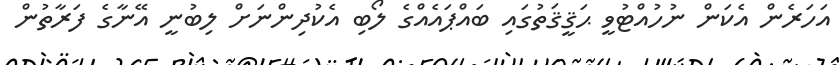
އަހަރެން އެކަން ނުހުއްޓުވީ ޙަޤީޤަތުގައި ބައްޕައެއްގެ ލޯބި އެކުދިންނަށް ލިބުނީ އޭނާގެ ފަރާތުން